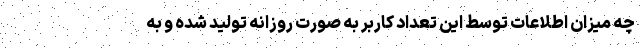
چه میزان اطلاعات توسط این تعداد کاربر به صورت روزانه تولید شده و به